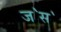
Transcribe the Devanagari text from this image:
ज॓स॓